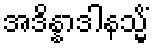
အဒိန္နာဒါနသ္မိံ